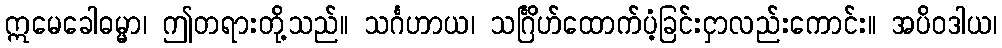
ဣမေခေါဓမ္မာ၊ ဤတရားတို့သည်။ သင်္ဂဟာယ၊ သင်္ဂြိဟ်ထောက်ပံ့ခြင်းငှာလည်းကောင်း။ အပိဝဒါယ၊